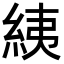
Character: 𦀊